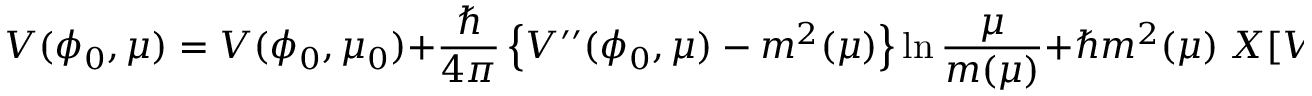
{ \cal V } ( \phi _ { 0 } , \mu ) = V ( \phi _ { 0 } , \mu _ { 0 } ) + { \frac { \hbar } { 4 \pi } } \left\{ V ^ { \prime \prime } ( \phi _ { 0 } , \mu ) - m ^ { 2 } ( \mu ) \right\} \ln { \frac { \mu } { m ( \mu ) } } + \hbar m ^ { 2 } ( \mu ) \; X [ V ( \phi _ { 0 } , \mu ) / m ^ { 2 } ( \mu ) , \mu ] + O ( \hbar ^ { 2 } ) .